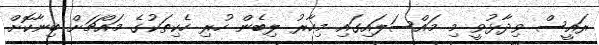
ރައީސް ވިދާޅުވީ މި މައްސަލައިގައި މިހާރު ލިބެން ހުރި ހެކިތަކުގެ މައްޗަށް ބިނާކޮށް